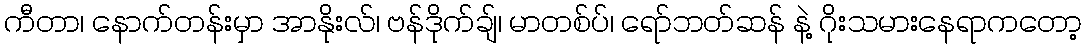
ကီတာ၊ နောက်တန်းမှာ အာနိုးလ်၊ ဗန်ဒိုက်ချ်၊ မာတစ်ပ်၊ ရော်ဘတ်ဆန် နဲ့ ဂိုးသမားနေရာကတော့